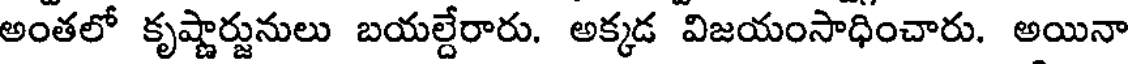
అంతలో కృష్ణార్జునులు బయల్దేరారు. అక్కడ విజయంసాధించారు. అయినా